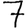
Digit: 7